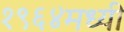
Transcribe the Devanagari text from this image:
१९६४मध्यी